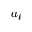
a _ { \ell }